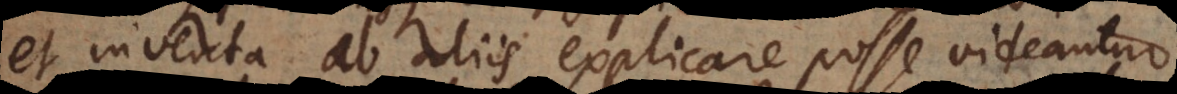
et inventa ab aliis explicare posse videantur